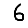
Digit: 6